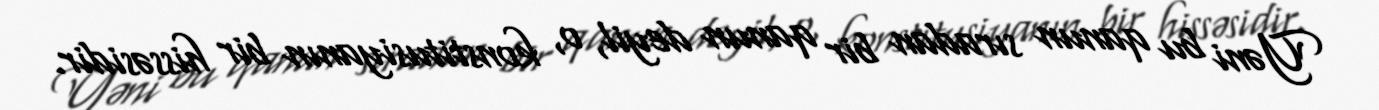
Yəni bu qanun sıradan bir qanun deyil, o, konstitusiyanın bir hissəsidir.